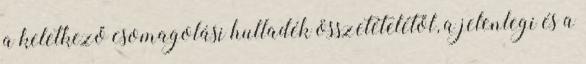
a keletkező csomagolási hulladék összetételétől, a jelenlegi és a